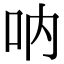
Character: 呐